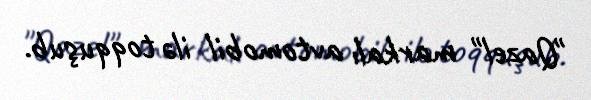
"Qazel" markalı avtomobil ilə toqquşub.